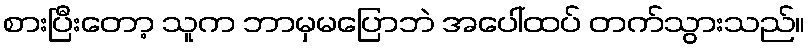
စားပြီးတော့ သူက ဘာမှမပြောဘဲ အပေါ်ထပ် တက်သွားသည်။